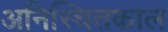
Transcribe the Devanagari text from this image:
अनिस्चितकाल